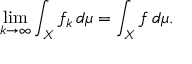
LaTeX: \operatorname* { l i m } _ { k \to \infty } \int _ { X } f _ { k } \, d \mu = \int _ { X } f \, d \mu .